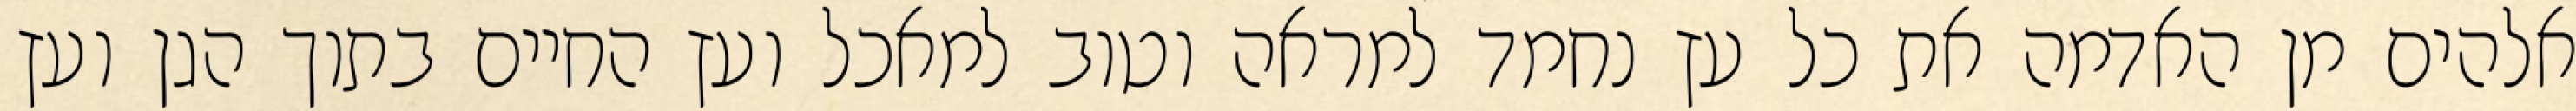
אלהים מן האדמה את כל עץ נחמד למראה וטוב למאכל ועץ החיים בתוך הגן ועץ